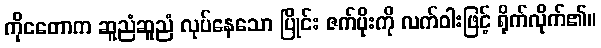
ကိုငတောက ဆူညံဆူညံ လုပ်နေသော ပြိုင်း ဇက်ပိုးကို လက်ဝါးဖြင့် ရိုက်လိုက်၏။